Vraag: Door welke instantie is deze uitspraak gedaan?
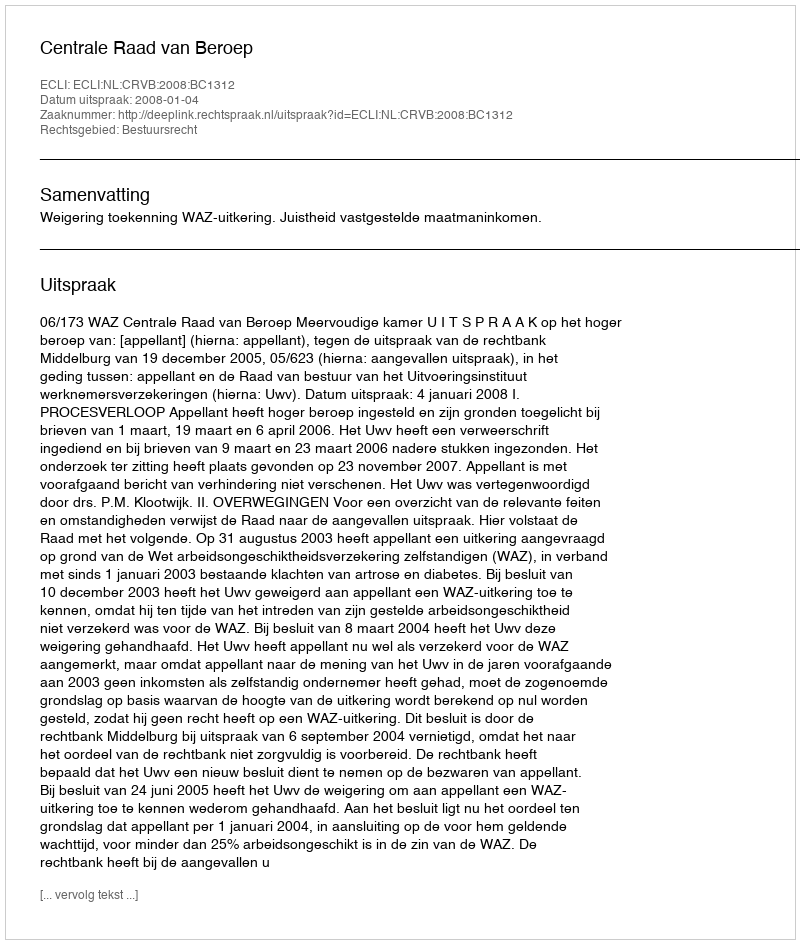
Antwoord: Centrale Raad van Beroep